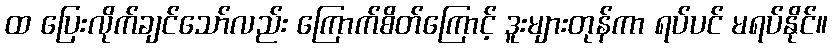
ထ ပြေးလိုက်ချင်သော်လည်း ကြောက်စိတ်ကြောင့် ဒူးများတုန်ကာ ရပ်ပင် မရပ်နိုင်။